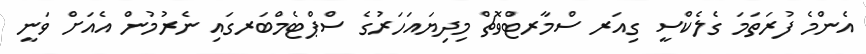
އެންމެ ފުރަތަމަ ގެލެކްސީ ގިއަރ ސްމާރޓްވޮޗް މިދިޔައަހަރުގެ ސްޕްޓެމްބަރގައި ނެރުމުން އެއަށް ވަނީ